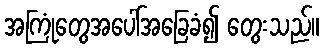
အကြုံတွေအပေါ်အခြေခံ၍ တွေးသည်။